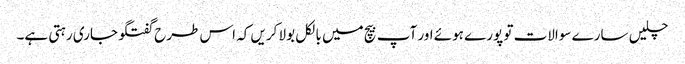
چلیں سارے سوالات تو پورے ہوئے اور آپ بیچ میں بالکل بولا کریں کہ اس طرح گفتگو جاری رہتی ہے۔